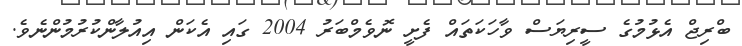
ބްރިޖް އެޅުމުގެ ސީރިޔަސް ވާހަކަތައް ފެށީ ނޮވެމްބަރު 2004 ގައި އެކަން އިއުލާންކުރުމުންނެވެ.